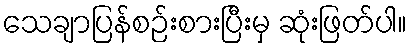
သေချာပြန်စဉ်းစားပြီးမှ ဆုံးဖြတ်ပါ။